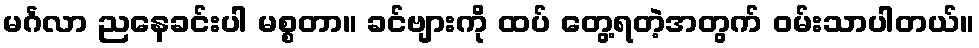
မင်္ဂလာ ညနေခင်းပါ မစ္စတာ။ ခင်ဗျားကို ထပ် တွေ့ရတဲ့အတွက် ဝမ်းသာပါတယ်။